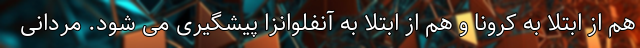
هم از ابتلا به کرونا و هم از ابتلا به آنفلوانزا پیشگیری می شود. مردانی